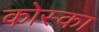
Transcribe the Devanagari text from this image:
कोस्का